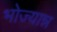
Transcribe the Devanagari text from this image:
भोज्यान्न